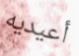
أعيديه